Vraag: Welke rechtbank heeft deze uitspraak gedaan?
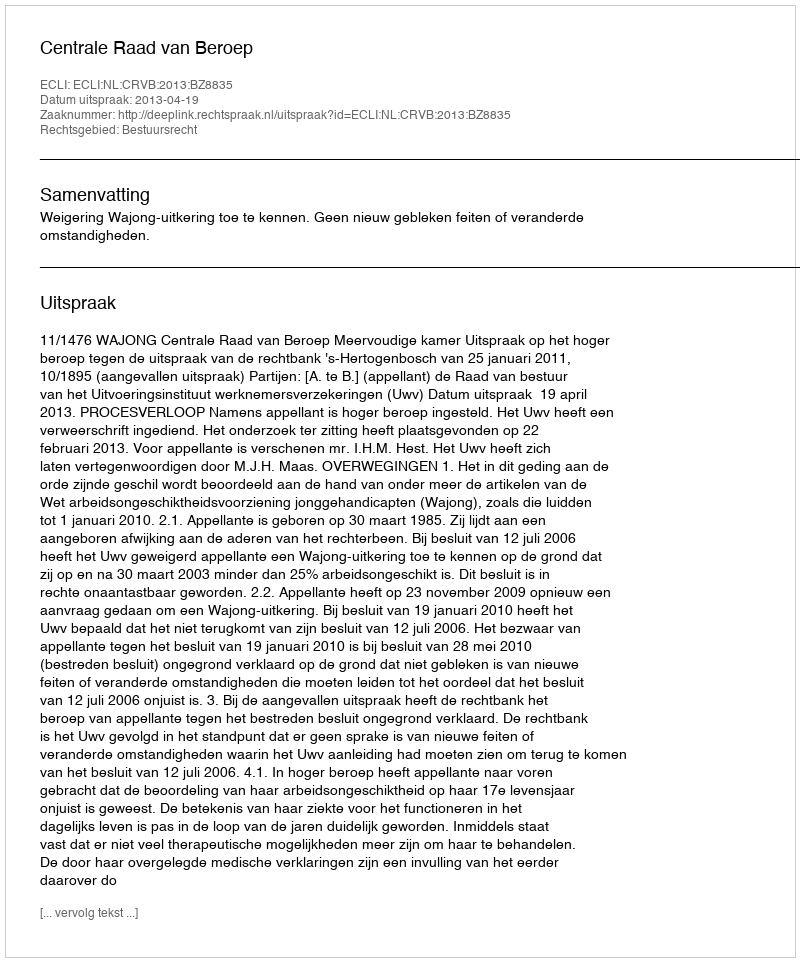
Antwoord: Centrale Raad van Beroep